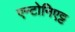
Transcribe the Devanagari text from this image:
एन्टोनिएट्ट